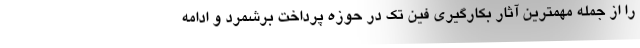
را از جمله مهمترین آثار بکارگیری فین تک در حوزه پرداخت برشمرد و ادامه